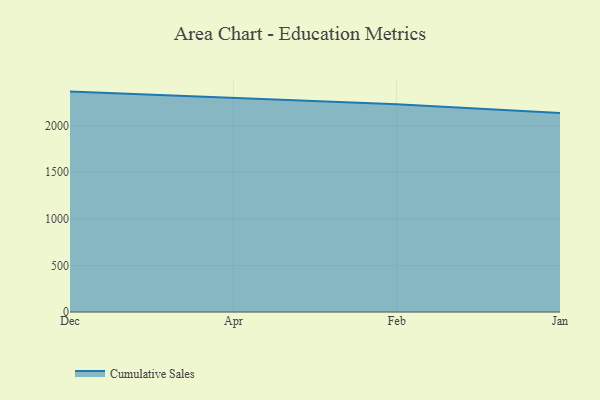
{"axis": {"x": "Month", "y": "Backlog"}, "legend": ["Cumulative Sales"], "data": [{"x": "Dec", "y": 2366.3, "type": "Cumulative Sales"}, {"x": "Apr", "y": 2294.8, "type": "Cumulative Sales"}, {"x": "Feb", "y": 2230.7, "type": "Cumulative Sales"}, {"x": "Jan", "y": 2136.0, "type": "Cumulative Sales"}]}